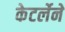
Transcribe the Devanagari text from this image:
केटर्लेने